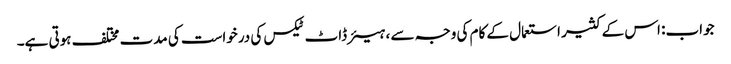
جواب: اس کے کثیر استعمال کے کام کی وجہ سے ، ہیئر ڈاٹ ٹیکس کی درخواست کی مدت مختلف ہوتی ہے۔